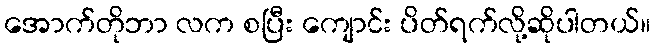
အောက်တိုဘာ လက စပြီး ကျောင်း ပိတ်ရက်လို့ဆိုပါတယ်။